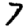
Digit: 7